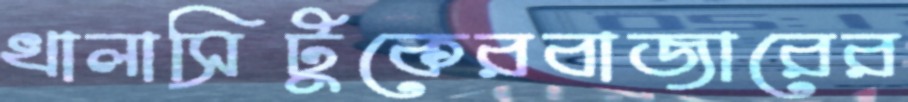
খালাসিটুকেরবাজারের